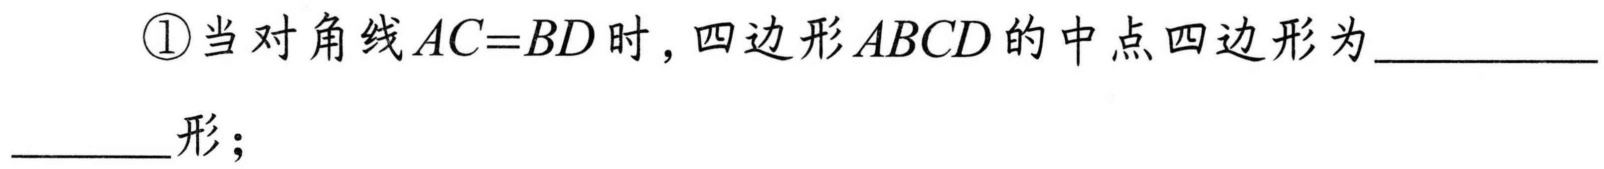
\textcircled{1}当对角线\(AC = BD\)时，四边形\(ABCD\)的中点四边形为__________形；